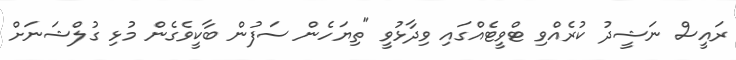
ރައީސް ނަޝީދު ކުރެއްވި ޓްވީޓެއްގައި ވިދާޅުވީ "ތިޔަހެން ސަފުން ބާކީވެގެން މުޅި ގުލްޝަނަށް